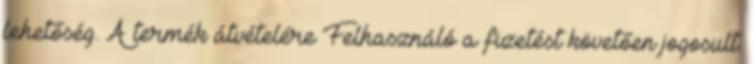
lehetőség. A termék átvételére Felhasználó a fizetést követően jogosult.